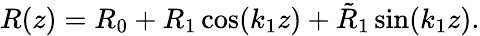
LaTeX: R(z)=R_{0}+R_{1}\cos(k_{1}z)+\tilde{R}_{1}\sin(k_{1}z).